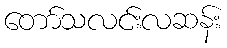
တော်သလင်းလဆန်း